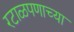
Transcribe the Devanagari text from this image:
रटाळपणाच्या